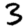
Digit: 3